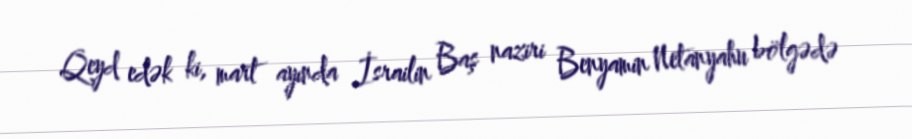
Qeyd edək ki, mart ayında İsrailin Baş naziri Benyamin Netanyahu bölgədə